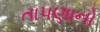
તાપણાનો